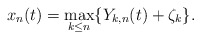
\begin{align*}x_n(t)=\max_{k\leq n}\{Y_{k,n}(t)+\zeta_k\}.\end{align*}